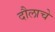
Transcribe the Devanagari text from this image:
दौलाचे